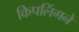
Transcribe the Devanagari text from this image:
किपलिंगने